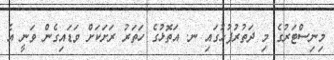
މިިނިސްޓަރުގެ މި ދަތުރުފުޅުގައި ނ. އަތޮޅުގެ ހަތަރު ރަށަކަށް ވަޑައިގެން ވަނީ އެ